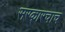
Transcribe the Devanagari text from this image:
सरकारचाच